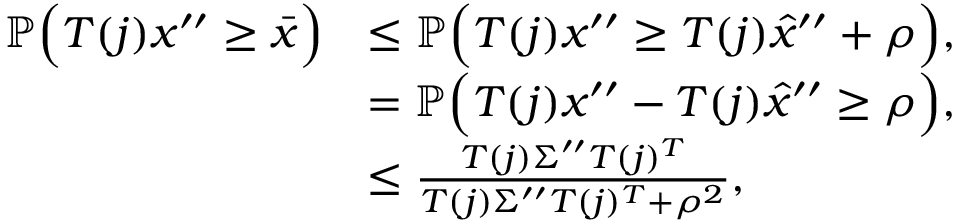
\begin{array} { r l } { \mathbb { P } \Big ( T ( j ) x ^ { \prime \prime } \geq \bar { x } \Big ) } & { \leq \mathbb { P } \Big ( T ( j ) x ^ { \prime \prime } \geq T ( j ) \hat { x } ^ { \prime \prime } + \rho \Big ) , } \\ & { = \mathbb { P } \Big ( T ( j ) x ^ { \prime \prime } - T ( j ) \hat { x } ^ { \prime \prime } \geq \rho \Big ) , } \\ & { \leq \frac { T ( j ) \Sigma ^ { \prime \prime } T ( j ) ^ { T } } { T ( j ) \Sigma ^ { \prime \prime } T ( j ) ^ { T } + \rho ^ { 2 } } , } \end{array}